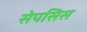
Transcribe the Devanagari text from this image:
सेपसिस